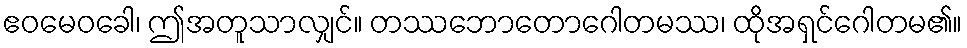
ဧဝမေဝခေါ၊ ဤအတူသာလျှင်။ တဿဘောတောဂေါတမဿ၊ ထိုအရှင်ဂေါတမ၏။